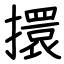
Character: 擐